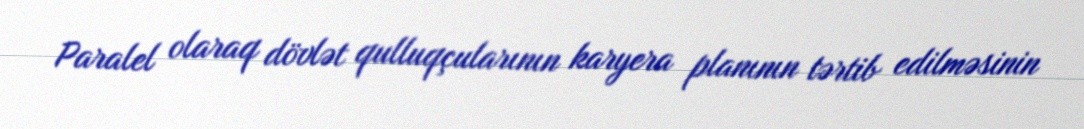
Paralel olaraq dövlət qulluqçularının karyera planının tərtib edilməsinin